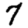
Digit: 7